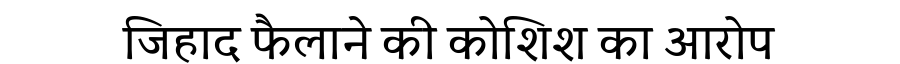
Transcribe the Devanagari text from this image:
जिहाद फैलाने की कोशिश का आरोप